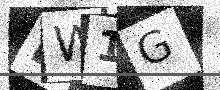
Text: PW1G